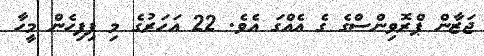
ޖަޒާން ޕްރޮވިންސްގެ ގެ އެއްގަ އެވެ. 22 އަހަރުގެ މި ފިފިހެން މީހާ